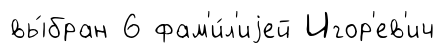
вы́бран 6 фам'и́л'иjей Игор'ев'ич